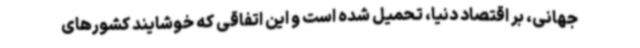
جهانی، بر اقتصاد دنیا، تحمیل شده است و این اتفاقی که خوشایند کشورهای